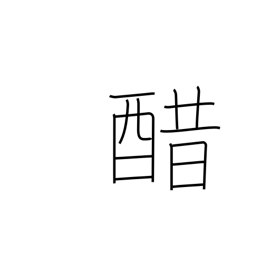
Meaning: vinegar